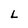
Character: L